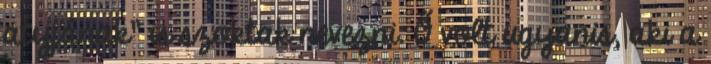
atyjának" is szoktak nevezni. Ő volt ugyanis, aki a